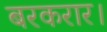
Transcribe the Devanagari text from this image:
बरकरार।